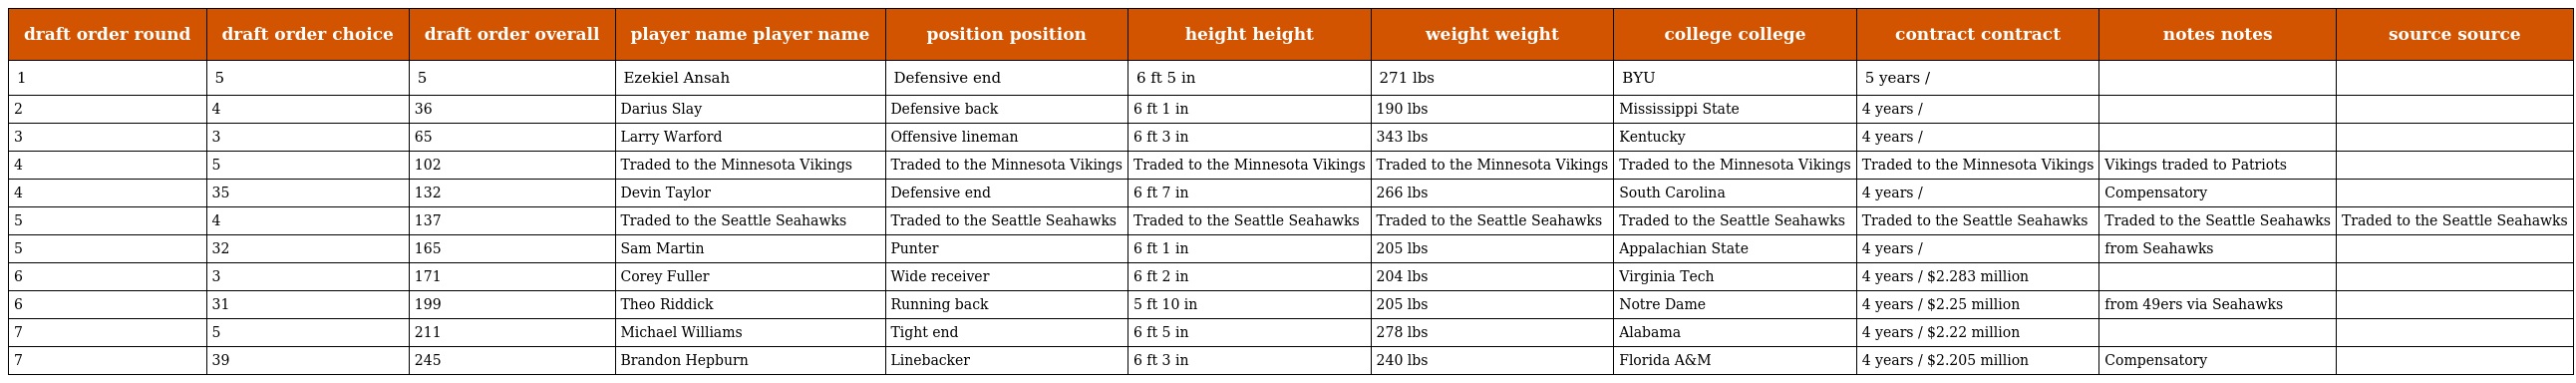
| draft order round | draft order choice | draft order overall | player name player name | position position | height height | weight weight | college college | contract contract | notes notes | source source |
 | --- | --- | --- | --- | --- | --- | --- | --- | --- | --- | --- |
 | 1 | 5 | 5 | Ezekiel Ansah | Defensive end | 6 ft 5 in | 271 lbs | BYU | 5 years / |  |  |
 | 2 | 4 | 36 | Darius Slay | Defensive back | 6 ft 1 in | 190 lbs | Mississippi State | 4 years / |  |  |
 | 3 | 3 | 65 | Larry Warford | Offensive lineman | 6 ft 3 in | 343 lbs | Kentucky | 4 years / |  |  |
 | 4 | 5 | 102 | Traded to the Minnesota Vikings | Traded to the Minnesota Vikings | Traded to the Minnesota Vikings | Traded to the Minnesota Vikings | Traded to the Minnesota Vikings | Traded to the Minnesota Vikings | Vikings traded to Patriots |  |
 | 4 | 35 | 132 | Devin Taylor | Defensive end | 6 ft 7 in | 266 lbs | South Carolina | 4 years / | Compensatory |  |
 | 5 | 4 | 137 | Traded to the Seattle Seahawks | Traded to the Seattle Seahawks | Traded to the Seattle Seahawks | Traded to the Seattle Seahawks | Traded to the Seattle Seahawks | Traded to the Seattle Seahawks | Traded to the Seattle Seahawks | Traded to the Seattle Seahawks |
 | 5 | 32 | 165 | Sam Martin | Punter | 6 ft 1 in | 205 lbs | Appalachian State | 4 years / | from Seahawks |  |
 | 6 | 3 | 171 | Corey Fuller | Wide receiver | 6 ft 2 in | 204 lbs | Virginia Tech | 4 years / $2.283 million |  |  |
 | 6 | 31 | 199 | Theo Riddick | Running back | 5 ft 10 in | 205 lbs | Notre Dame | 4 years / $2.25 million | from 49ers via Seahawks |  |
 | 7 | 5 | 211 | Michael Williams | Tight end | 6 ft 5 in | 278 lbs | Alabama | 4 years / $2.22 million |  |  |
 | 7 | 39 | 245 | Brandon Hepburn | Linebacker | 6 ft 3 in | 240 lbs | Florida A&M | 4 years / $2.205 million | Compensatory |  |